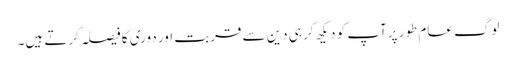
لوگ عام طور پرآپ کو دیکھ کر ہی دین سے قربت اور دوری کا فیصلہ کرتے ہیں۔